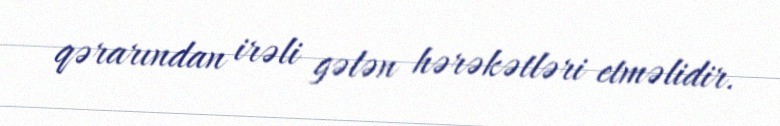
qərarından irəli gələn hərəkətləri etməlidir.